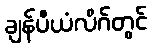
ချန်ပီယံလိဂ်တွင်